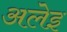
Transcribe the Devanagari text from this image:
अलेइ